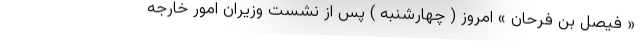
« فیصل بن فرحان » امروز ( چهارشنبه ) پس از نشست وزیران امور خارجه